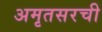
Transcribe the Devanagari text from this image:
अमृतसरची